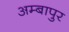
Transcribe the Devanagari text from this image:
अम्बापुर